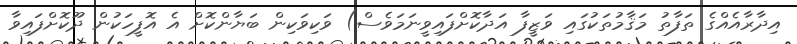
އިދާރާއެއްގެ ތަފާތު މަޤާމުތަކުގައި ވަޒީފާ އަދާކޮށްފައިވީނަމަވެސް) ވަކިވަކިން ބަޔާންކޮށް އެ އޮފީހަކުން ދޫކޮށްފައިވާ